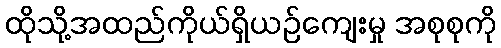
ထိုသို့အထည်ကိုယ်ရှိယဉ်ကျေးမှု အစုစုကို